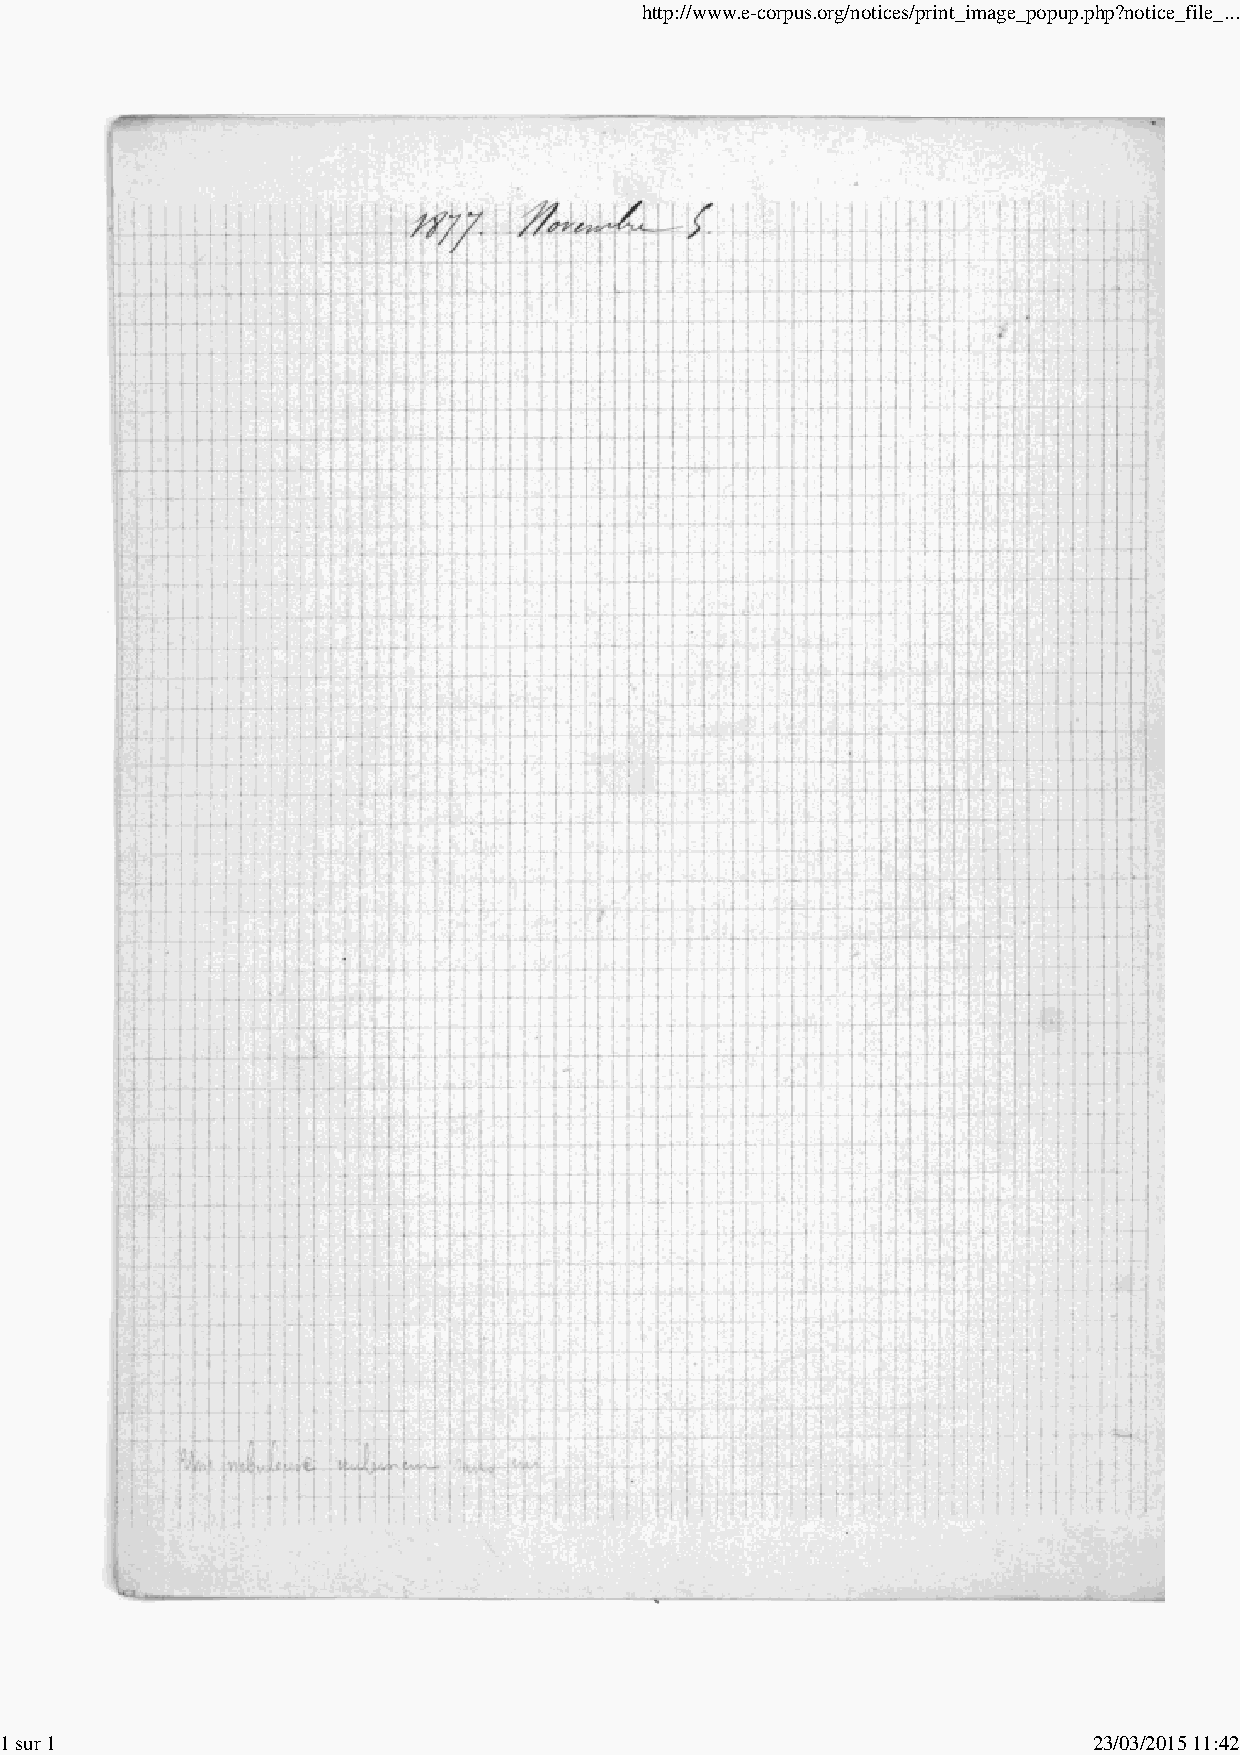
http://www.e-corpus.org/notices/print_image_popup.php?notice_file_...
 1 sur 1                                                                 23/03/2015 11:42